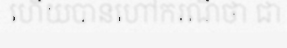
ហើយបានហៅករណីថា ជា